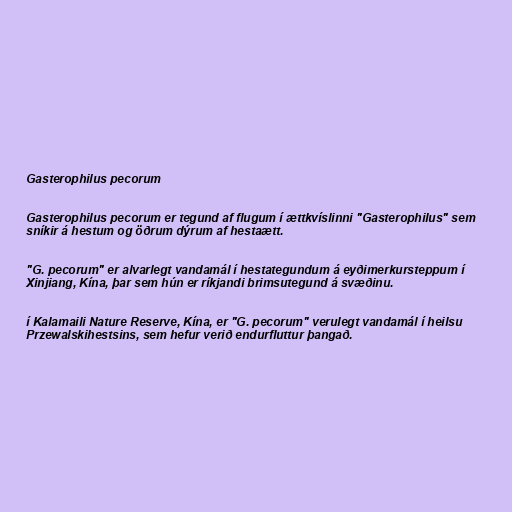
Gasterophilus pecorum

Gasterophilus pecorum er tegund af flugum í ættkvíslinni "Gasterophilus" sem
sníkir á hestum og öðrum dýrum af hestaætt.

"G. pecorum" er alvarlegt vandamál í hestategundum á eyðimerkursteppum í
Xinjiang, Kína, þar sem hún er ríkjandi brimsutegund á svæðinu.

í Kalamaili Nature Reserve, Kína, er "G. pecorum" verulegt vandamál í heilsu
Przewalskihestsins, sem hefur verið endurfluttur þangað.